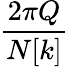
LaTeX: \frac{2\pi Q}{N[k]}